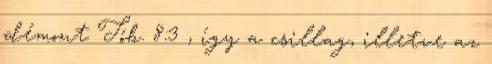
démont Tób. 8:3 , így a csillag, illetve az